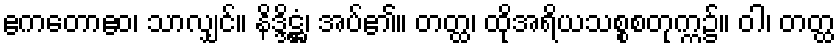
ဧကတောဧဝ၊ သာလျှင်။ နိဒ္ဒိဋ္ဌံ၊ အပ်၏။ တတ္ထ၊ ထိုအရိယသစ္စစတုက္က၌။ ဝါ၊ တတ္ထ